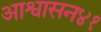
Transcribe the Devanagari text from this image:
आश्वासन४१